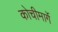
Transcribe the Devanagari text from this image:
कोचीमार्गे